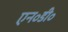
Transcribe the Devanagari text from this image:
एन॰डी॰